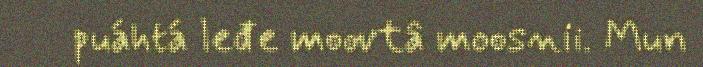
puáhtá leđe moovtâ moosnii. Mun